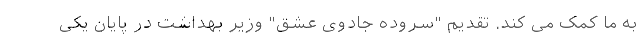
به ما کمک می کند. تقدیم "سروده جادوی عشق" وزیر بهداشت در پایان یکی